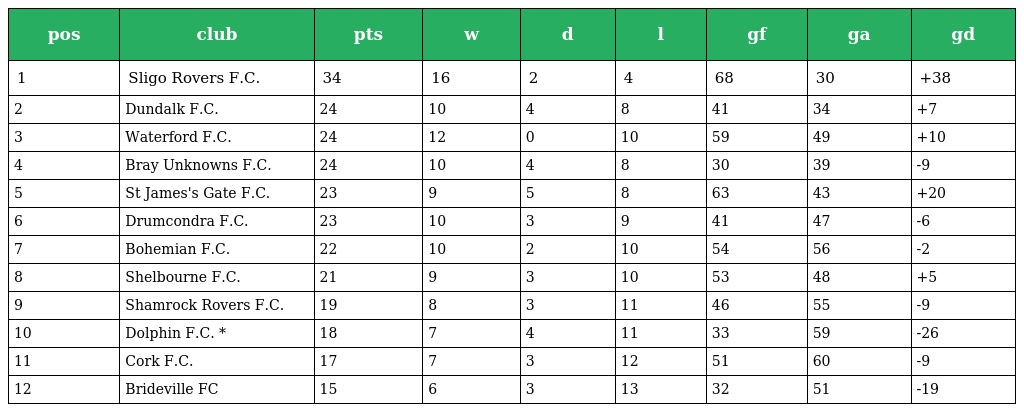
| pos | club | pts | w | d | l | gf | ga | gd |
 | --- | --- | --- | --- | --- | --- | --- | --- | --- |
 | 1 | Sligo Rovers F.C. | 34 | 16 | 2 | 4 | 68 | 30 | +38 |
 | 2 | Dundalk F.C. | 24 | 10 | 4 | 8 | 41 | 34 | +7 |
 | 3 | Waterford F.C. | 24 | 12 | 0 | 10 | 59 | 49 | +10 |
 | 4 | Bray Unknowns F.C. | 24 | 10 | 4 | 8 | 30 | 39 | -9 |
 | 5 | St James's Gate F.C. | 23 | 9 | 5 | 8 | 63 | 43 | +20 |
 | 6 | Drumcondra F.C. | 23 | 10 | 3 | 9 | 41 | 47 | -6 |
 | 7 | Bohemian F.C. | 22 | 10 | 2 | 10 | 54 | 56 | -2 |
 | 8 | Shelbourne F.C. | 21 | 9 | 3 | 10 | 53 | 48 | +5 |
 | 9 | Shamrock Rovers F.C. | 19 | 8 | 3 | 11 | 46 | 55 | -9 |
 | 10 | Dolphin F.C. * | 18 | 7 | 4 | 11 | 33 | 59 | -26 |
 | 11 | Cork F.C. | 17 | 7 | 3 | 12 | 51 | 60 | -9 |
 | 12 | Brideville FC | 15 | 6 | 3 | 13 | 32 | 51 | -19 |